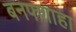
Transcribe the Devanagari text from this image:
बनफ्शाहा